Account of plague administration in the Bombay Presidency from September 1896 till May 1897
Year: 1896
Disease focus: Plague
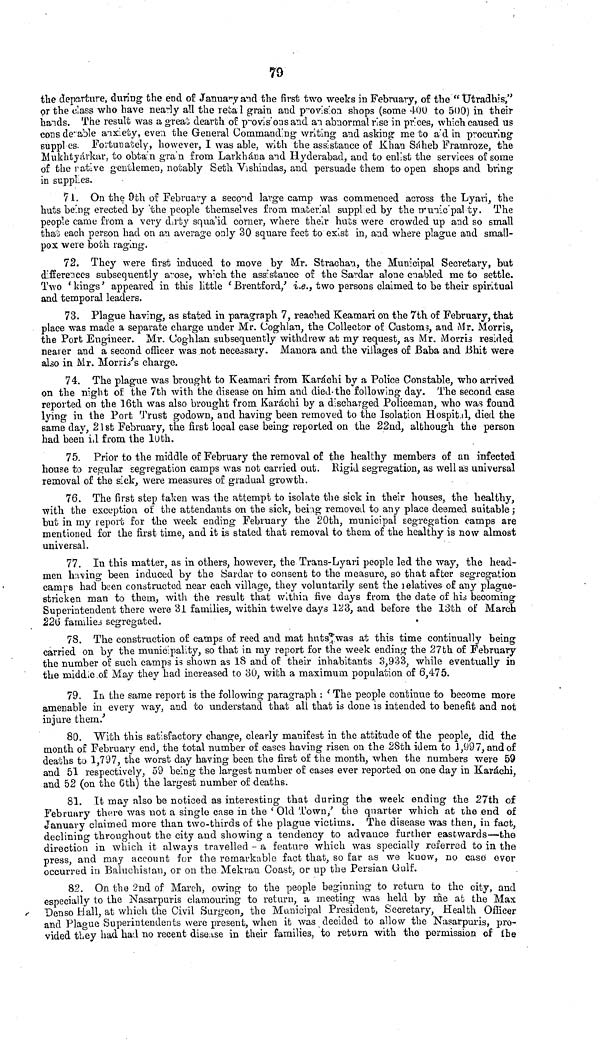
79
the departure, during the end of January and the first two weeks in February, of the "Utradhis,"
or the class who have nearly all the reta 1 grain and provision shops (some 4.00 to 500) in their
hands. The result was a great dearth of provisions and an abnormal rise in prices, which caused us
considerable anxiety, even the General Commanding writing and asking me to aid in procuring
supplies. Fortunately, however, I was able, with the assistance of Khan Sáheb Framroze, the
Mukhtyárkar, to obtan gran from Larkhána and Hyderabad, and to enlist the services of some
of the native gentlemen, notably Seth Vishindas, and persuade them to open shops and bring
in supplies.
7 1. On the 9th of February a second large camp was commenced across the Lyari, the
huts being erected by the people themselves from material supplied by the municipality. The
people came from a very dirty squa'id corner, where their huts were crowded up and so small
that each person had on an average only 30 square feet to exist in, and where plague and small-
pox were both raging.
72. They were first induced to move by Mr. Strachan, the Municipal Secretary, but
differences subsequently arose, which the assistance of the Sardar alone enabled me to settle.
Two 'kings' appeared in this little 'Brentford,' i.e., two persons claimed to be their spiritual
and temporal leaders.
73. Plague having, as stated in paragraph 7, reached Keamari on the 7th of February, that
place was made a separate charge under Mr. Coghlan, the Collector of Customs, and Mr. Morris,
the Port Engineer. Mr. Coghlan subsequently withdrew at my request, as Mr. Morris resided
nearer and a second officer was not necessary. Manora and the villages of Baba and Bhit were
also in Mr. Morri's charge.
74. The plague was brought to Keamari from Karáchi by a Police Constable, who arrived
on the night of the 7th with the disease on him and died the following day. The second case
reported on the 16th was also brought from Karachi by a discharged Policeman, who was found
lying in the Port Trust godown, and having been removed to the Isolation Hospital, died the
same day, 21 st February, the first local case being reported on the 22nd, although the person
had been id from the 10th.
75. Prior to the middle of February the removal of the healthy members of an infected
house to regular segregation camps was not carried out. Rigid segregation, as well as universal
removal of the sick, were measures of gradual growth.
76. The first step taken was the attempt to isolate the sick in their houses, the healthy,
with the exception of the attendants on the sick, being removed to any place deemed suitable ;
but in my report for the week ending February the 20th, municipal segregation camps are
mentioned for the first time, and it is stated that removal to them of the healthy is now almost
universal.
77. In this matter, as in others, however, the Trans-Lyari people led the way, the head-
men having been induced by the Sardar to consent to the measure, so that after segregation
camps had been constructed near each village, they voluntarily sent the relatives of any plague-
stricken man to them, with the result that within five days from the date of his becoming
Superintendent there were 31 families, within twelve days 123, and before the l3th of March
226 families segregated.
78. The construction of camps of reed and mat huts was at this time continually being
carried on by the municipality, so that in my report for the week ending the 27th of February
the number of such camps is shown as 18 and of their inhabitants 3,933, while eventually in
the middle of May they had increased to 30, with a maximum population of 6,475.
79. In the same report is the following paragraph : ' The people continue to become more
amenable in every way, and to understand that all that is done is intended to benefit and not
injure them.'
80. With this satisfactory change, clearly manifest in the attitude of the people, did the
month of February end, the total number of cases having risen on the 28th idem to 1,997, and of
deaths tu 1,797, the worst day having been the first of the month, when the numbers were 59
and 51 respectively, 59 being the largest number of cases ever reported on one day in Karachi,
and 52 (on the 6th) the largest number of deaths.
81. It may also be noticed as interesting that during the week ending the 27th of
February there was not a single case in the 'Old Town,' the quarter which at the end of
January claimed more than two-thirds of the plague victims. The disease was then, in fact,
declining throughout the city and showing a tendency to advance further eastwards—the
direction in which it always travelled - a feature which was specially referred to in the
press, and may account for the remarkable fact that, so far as we knew, no case ever
occurred in Baluchistan, or on the Mekran Coast, or up the Persian Gulf.
82. On the 2nd of March, owing to the people beginning to return to the city, and
especially to the Nasarpuris clamouring to return, a meeting was held by me at the Max
Denso Hall, at which the Civil Surgeon, the Municipal President, Secretary, Health Officer
and Plague Superintendents were present, when it was decided to allow the Nasarpuris, pro-
vided they had had no recent disease in their families, to return with the permission of the